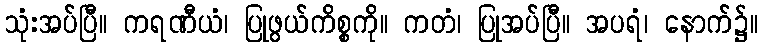
သုံးအပ်ပြီ။ ကရဏီယံ၊ ပြုဖွယ်ကိစ္စကို။ ကတံ၊ ပြုအပ်ပြီ။ အပရံ၊ နောက်၌။